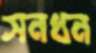
সনধন